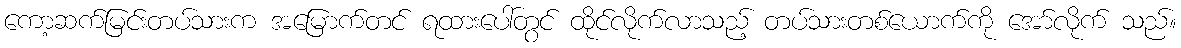
ကော့ဆက်မြင်းတပ်သားက အမြောက်တင် ရထားပေါ်တွင် ထိုင်လိုက်လာသည့် တပ်သားတစ်ယောက်ကို အော်လိုက် သည်။